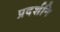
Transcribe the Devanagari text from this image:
प्रदर्शनि